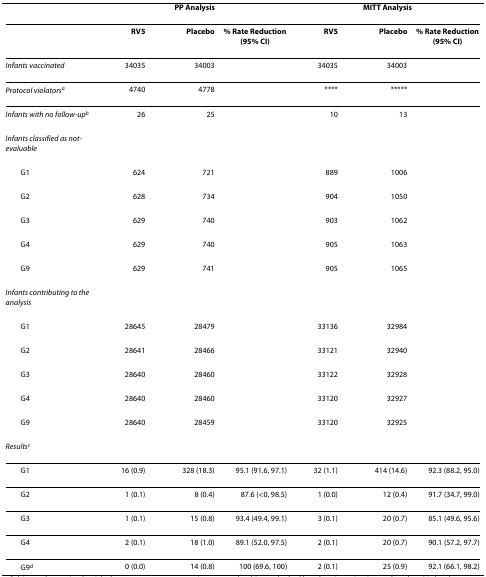
<table><thead><tr><td></td><td colspan="3"><b>PP Analysis</b></td><td colspan="3"><b>MITT Analysis</b></td></tr></thead><tbody><tr><td></td><td><b>RV5</b></td><td><b>Placebo</b></td><td><b>% Rate Reduction</b><b>(95% CI)</b></td><td><b>RV5</b></td><td><b>Placebo</b></td><td><b>% Rate Reduction</b><b>(95% CI)</b></td></tr><tr><td><i>Infants vaccinated</i></td><td>34035</td><td>34003</td><td></td><td>34035</td><td>34003</td><td></td></tr><tr><td><i>Protocol violators</i><sup><i>a</i></sup></td><td>4740</td><td>4778</td><td></td><td>****</td><td>*****</td><td></td></tr><tr><td><i>Infants with no follow-up</i><sup><i>b</i></sup></td><td>26</td><td>25</td><td></td><td>10</td><td>13</td><td></td></tr><tr><td><i>Infants classified as not-evaluable</i></td><td></td><td></td><td></td><td></td><td></td><td></td></tr><tr><td> G1</td><td>624</td><td>721</td><td></td><td>889</td><td>1006</td><td></td></tr><tr><td> G2</td><td>628</td><td>734</td><td></td><td>904</td><td>1050</td><td></td></tr><tr><td> G3</td><td>629</td><td>740</td><td></td><td>903</td><td>1062</td><td></td></tr><tr><td> G4</td><td>629</td><td>740</td><td></td><td>905</td><td>1063</td><td></td></tr><tr><td> G9</td><td>629</td><td>741</td><td></td><td>905</td><td>1065</td><td></td></tr><tr><td><i>Infants contributing to the analysis</i></td><td></td><td></td><td></td><td></td><td></td><td></td></tr><tr><td> G1</td><td>28645</td><td>28479</td><td></td><td>33136</td><td>32984</td><td></td></tr><tr><td> G2</td><td>28641</td><td>28466</td><td></td><td>33121</td><td>32940</td><td></td></tr><tr><td> G3</td><td>28640</td><td>28460</td><td></td><td>33122</td><td>32928</td><td></td></tr><tr><td> G4</td><td>28640</td><td>28460</td><td></td><td>33120</td><td>32927</td><td></td></tr><tr><td> G9</td><td>28640</td><td>28459</td><td></td><td>33120</td><td>32925</td><td></td></tr><tr><td><i>Results</i><sup><i>c</i></sup></td><td></td><td></td><td></td><td></td><td></td><td></td></tr><tr><td> G1</td><td>16 (0.9)</td><td>328 (18.3)</td><td>95.1 (91.6, 97.1)</td><td>32 (1.1)</td><td>414 (14.6)</td><td>92.3 (88.2, 95.0)</td></tr><tr><td> G2</td><td>1 (0.1)</td><td>8 (0.4)</td><td>87.6 (&lt;0, 98.5)</td><td>1 (0.0)</td><td>12 (0.4)</td><td>91.7 (34.7, 99.0)</td></tr><tr><td> G3</td><td>1 (0.1)</td><td>15 (0.8)</td><td>93.4 (49.4, 99.1)</td><td>3 (0.1)</td><td>20 (0.7)</td><td>85.1 (49.6, 95.6)</td></tr><tr><td> G4</td><td>2 (0.1)</td><td>18 (1.0)</td><td>89.1 (52.0, 97.5)</td><td>2 (0.1)</td><td>20 (0.7)</td><td>90.1 (57.2, 97.7)</td></tr><tr><td> G9<sup>d</sup></td><td>0 (0.0)</td><td>14 (0.8)</td><td>100 (69.6, 100)</td><td>2 (0.1)</td><td>25 (0.9)</td><td>92.1 (66.1, 98.2)</td></tr></tbody></table>